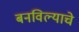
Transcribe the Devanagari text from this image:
बनविल्याचे